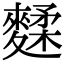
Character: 𪍚